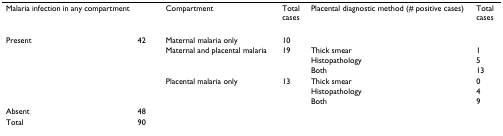
<table><thead><tr><td><b>Malaria infection in any compartment</b></td><td></td><td><b>Compartment</b></td><td><b>Total cases</b></td><td><b>Placental diagnostic method (# positive cases)</b></td><td><b>Total cases</b></td></tr></thead><tbody><tr><td>Present</td><td>42</td><td>Maternal malaria only</td><td>10</td><td></td><td></td></tr><tr><td></td><td></td><td>Maternal and placental malaria</td><td>19</td><td>Thick smear</td><td>1</td></tr><tr><td></td><td></td><td></td><td></td><td>Histopathology</td><td>5</td></tr><tr><td></td><td></td><td></td><td></td><td>Both</td><td>13</td></tr><tr><td></td><td></td><td>Placental malaria only</td><td>13</td><td>Thick smear</td><td>0</td></tr><tr><td></td><td></td><td></td><td></td><td>Histopathology</td><td>4</td></tr><tr><td></td><td></td><td></td><td></td><td>Both</td><td>9</td></tr><tr><td>Absent</td><td>48</td><td></td><td></td><td></td><td></td></tr><tr><td>Total</td><td>90</td><td></td><td></td><td></td><td></td></tr></tbody></table>